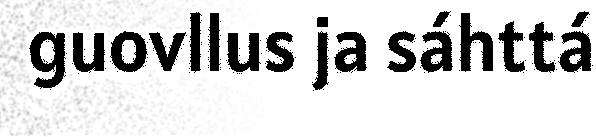
guovllus ja sáhttá